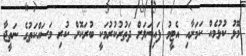
މޮޅު ކުޅުމެއް ކަމަށާއި އެޓީމު ފައިނަލަށް ދަތުރުކުރުމަކީ ބުރަކޮށް ކުރި މަސައްކަތުގެ ނަތީޖާ